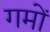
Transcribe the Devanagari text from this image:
गमों